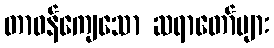
တာဝန်ကျေသော ဆရာတော်များ